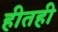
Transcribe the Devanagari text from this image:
हीतही